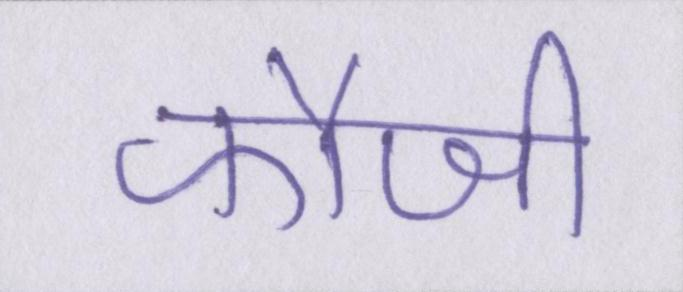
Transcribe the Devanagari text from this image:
फौजी